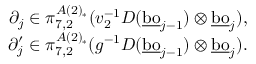
\begin{array} { r } { \partial _ { j } \in \pi _ { 7 , 2 } ^ { A ( 2 ) _ { * } } ( v _ { 2 } ^ { - 1 } D ( \underline { { \mathrm { b o } } } _ { j - 1 } ) \otimes \underline { { \mathrm { b o } } } _ { j } ) , } \\ { \partial _ { j } ^ { \prime } \in \pi _ { 7 , 2 } ^ { A ( 2 ) _ { * } } ( g ^ { - 1 } D ( \underline { { \mathrm { b o } } } _ { j - 1 } ) \otimes \underline { { \mathrm { b o } } } _ { j } ) . } \end{array}